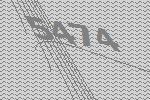
5474